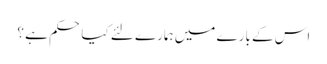
اس کے بارے میں ہمارے لئے کیا حکم ہے ؟